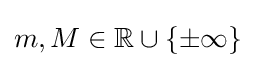
m,M\in \mathbb {R} \cup \{\pm \infty \}